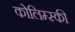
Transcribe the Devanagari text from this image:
कोलिम्स्की